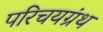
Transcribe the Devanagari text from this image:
परिचयग्रंथ